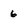
Character: 6